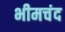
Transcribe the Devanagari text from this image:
भीमचंद